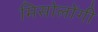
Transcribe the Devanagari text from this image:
मिसोलोंगी